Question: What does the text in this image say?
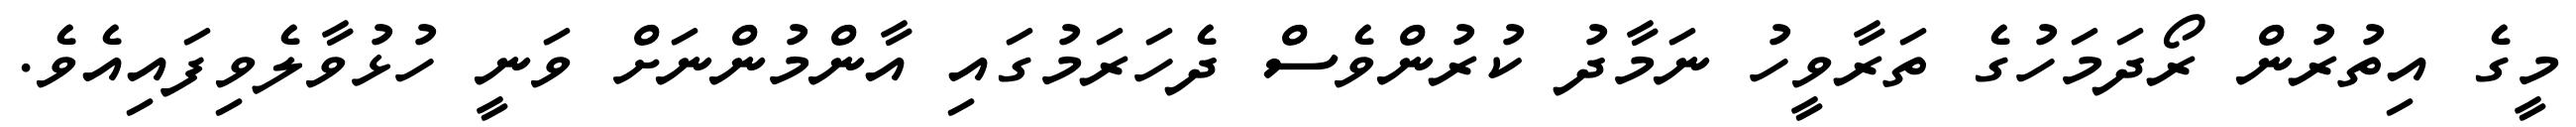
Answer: މީގެ އިތުރުން ރޯދަމަހުގެ ތަރާވީހު ނަމާދު ކުރުންވެސް ދެހަރަމުގައި އާންމުންނަށް ވަނީ ހުޅުވާލެވިފައިއެވެ.